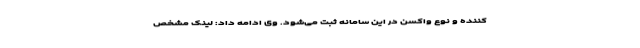
کننده و نوع واکسن در این سامانه ثبت می‌شود. وی ادامه داد: لینک مشخص